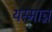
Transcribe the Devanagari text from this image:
यस्मान्न